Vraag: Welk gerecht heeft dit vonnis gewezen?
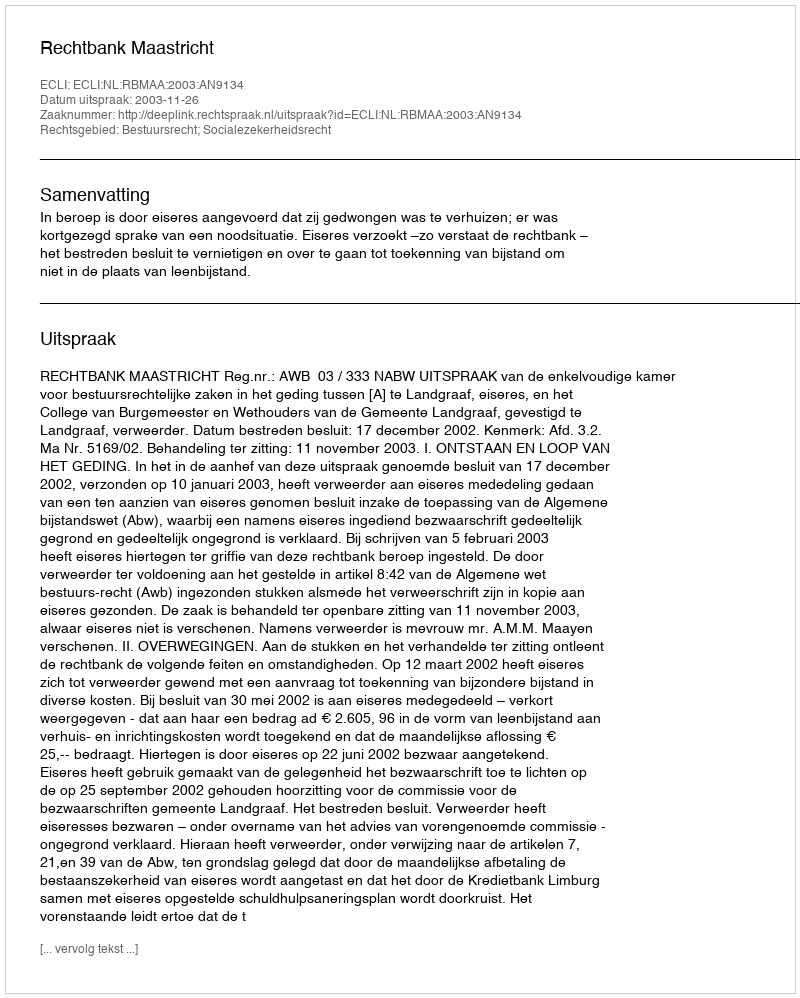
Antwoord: Rechtbank Maastricht